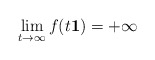
\begin{align*} \lim_{t \rightarrow \infty} f (t {\bf 1}) = + \infty\end{align*}